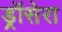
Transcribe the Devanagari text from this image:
ड्रॉसेरा